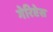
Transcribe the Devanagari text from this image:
गेरिप्टेस